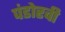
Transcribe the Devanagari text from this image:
पंडोरवी